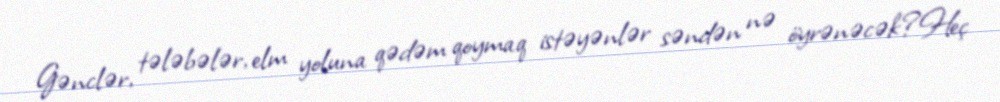
Gənclər, tələbələr, elm yoluna qədəm qoymaq istəyənlər səndən nə öyrənəcək?Heç